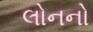
લોનનો